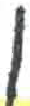
אות: ן